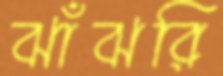
ঝাঁঝরি